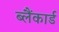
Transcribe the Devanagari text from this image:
ब्लैंकार्ड